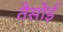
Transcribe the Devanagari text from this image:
तैसोई